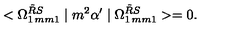
< \Omega _ { 1 \hspace * { 1 m m } 1 } ^ { \tilde { R } S } \mid m ^ { 2 } \alpha ^ { \prime } \mid \Omega _ { 1 \hspace * { 1 m m } 1 } ^ { \tilde { R } S } > = 0 .